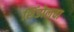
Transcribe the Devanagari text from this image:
शिंडोलचा